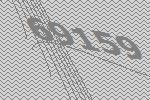
69159